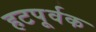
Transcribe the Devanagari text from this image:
हटपूर्वक